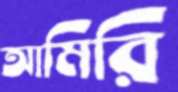
আমিরি